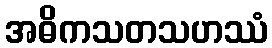
အဓိကသတသဟဿံ